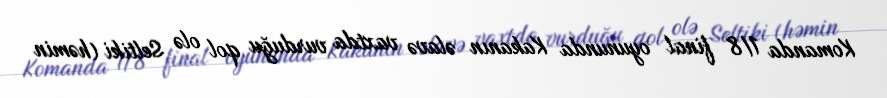
Komanda 1/8 final oyununda Kakanın əlavə vaxtda vurduğu qol olə Seltiki (həmin